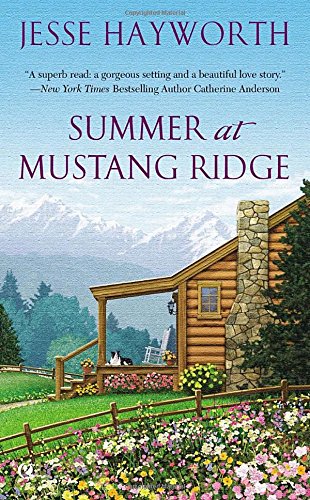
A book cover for Summer at Mustang Ridge; Jesse Hayworth; Literature & Fiction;